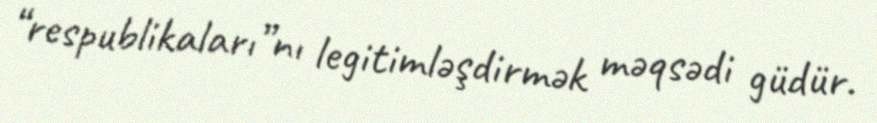
“respublikaları”nı legitimləşdirmək məqsədi güdür.